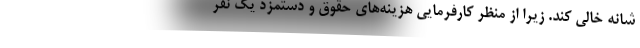
شانه خالی کند. زیرا از منظر کارفرمایی هزینه‌های حقوق و دستمزد یک نفر